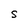
Character: S